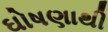
ઘોષણાથી